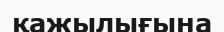
қажылығына